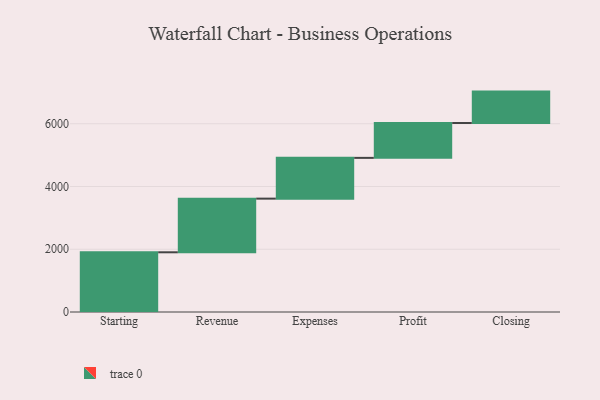
{"axis": {"x": "Step", "y": "Value"}, "legend": [""], "data": [{"x": "Starting", "y": 1903.0, "type": ""}, {"x": "Revenue", "y": 1710.0, "type": ""}, {"x": "Expenses", "y": 1299.0, "type": ""}, {"x": "Profit", "y": 1112.0, "type": ""}, {"x": "Closing", "y": 1000, "type": ""}]}